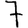
Digit: 7